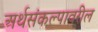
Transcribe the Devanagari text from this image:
अर्थसंकल्पावरील